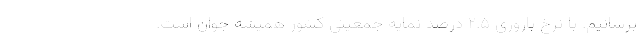
برسانیم. با نرخ باروری ۲.۵ درصد نمایه جمعیتی کشور همیشه جوان است.